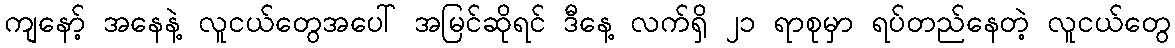
ကျနော့် အနေနဲ့ လူငယ်တွေအပေါ် အမြင်ဆိုရင် ဒီနေ့ လက်ရှိ ၂၁ ရာစုမှာ ရပ်တည်နေတဲ့ လူငယ်တွေ